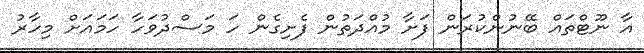
އާ ނޫޓްތައް ބޭނުންކުރަން ފަށާ މުއްދަތުން ފެށިގެން ހަ މަސްދުވަހާ ހަމައަށް މިހާރު